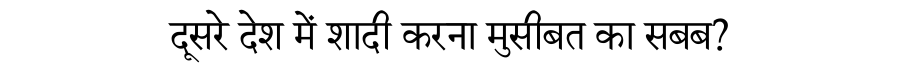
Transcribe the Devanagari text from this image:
दूसरे देश में शादी करना मुसीबत का सबब?